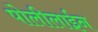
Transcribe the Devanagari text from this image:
पोलीलाईन